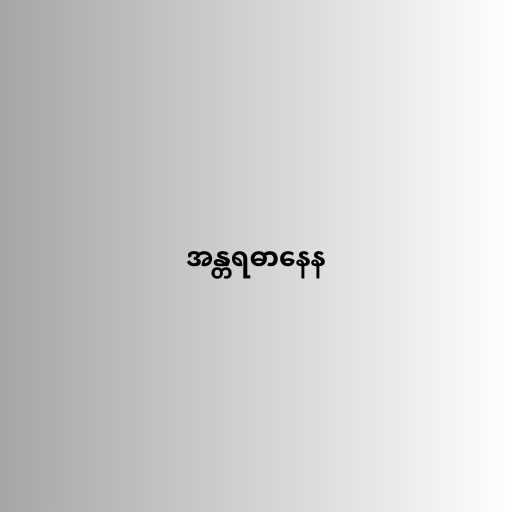
အန္တရဓာနေန